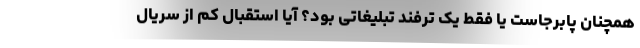
همچنان پابرجاست یا فقط یک ترفند تبلیغاتی بود؟ آیا استقبال کم از سریال